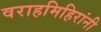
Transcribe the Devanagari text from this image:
वराहमिहिरांनी